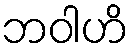
ဘဝါဟိ